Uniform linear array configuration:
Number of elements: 32
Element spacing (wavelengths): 0.25
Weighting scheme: uniform
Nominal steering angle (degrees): -60
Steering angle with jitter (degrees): -60.631
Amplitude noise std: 0.05
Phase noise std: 0.05

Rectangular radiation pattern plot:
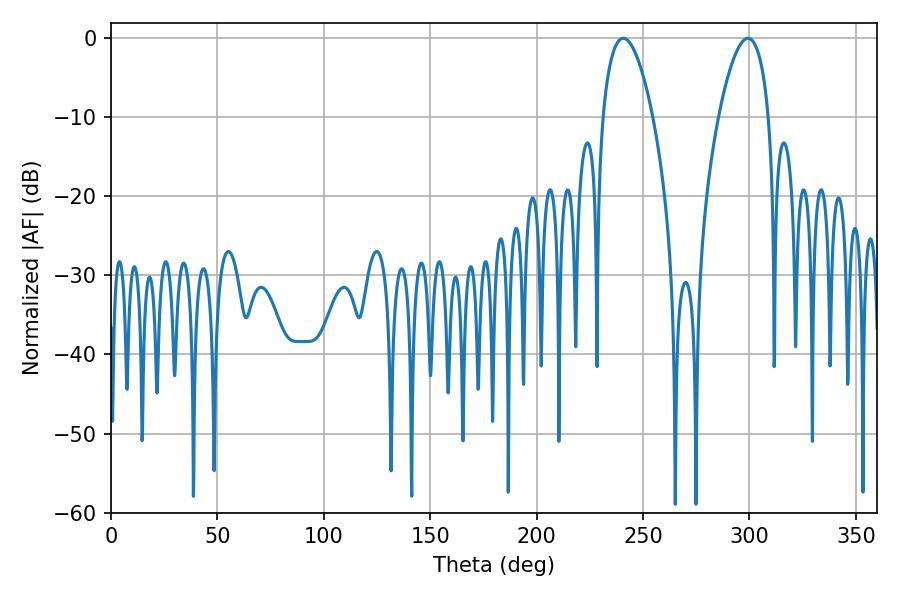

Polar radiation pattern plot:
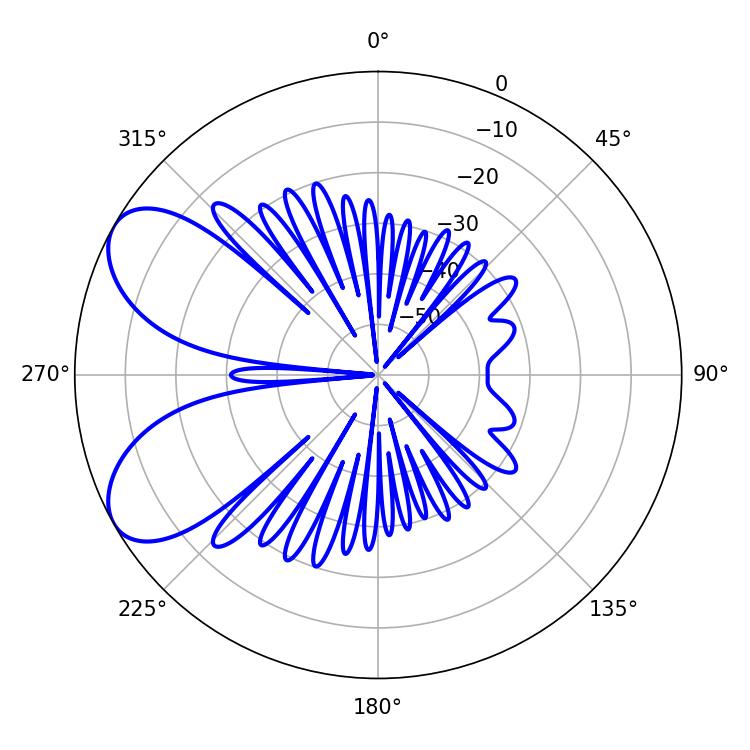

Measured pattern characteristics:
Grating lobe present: FALSE
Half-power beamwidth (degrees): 12.96
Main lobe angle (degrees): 299.34